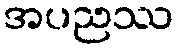
အပညဿ